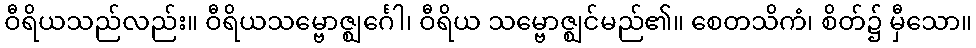
ဝီရိယသည်လည်း။ ဝီရိယသမ္ဗောဇ္ဈင်္ဂေါ၊ ဝီရိယ သမ္ဗောဇ္ဈင်မည်၏။ စေတသိကံ၊ စိတ်၌ မှီသော။